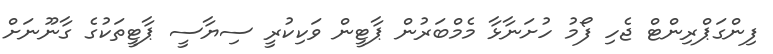
ފިންގަޕްރިންޓް ޖެހި ފޯމު ހުށަނާޅާ މެމްބަރުން ޕާޓީން ވަކިކުރީ ސިޔާސީ ޕާޓީތަކުގެ ގާނޫނަށް